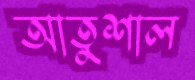
আতুশাল